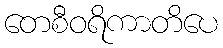
တေစီဝရိကာတိပေ